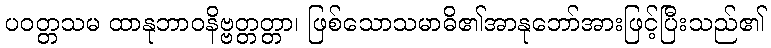
ပဝတ္တသမ ထာနုဘာဝနိဗ္ဗတ္တတ္တာ၊ ဖြစ်သောသမာဓိ၏အာနုဘော်အားဖြင့်ပြီးသည်၏